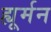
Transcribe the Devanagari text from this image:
ह्यूर्मन